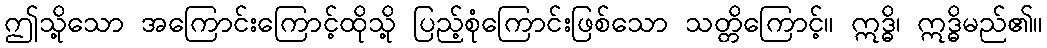
ဤသို့သော အကြောင်းကြောင့်ထိုသို့ ပြည့်စုံကြောင်းဖြစ်သော သတ္တိကြောင့်။ ဣဒ္ဓိ၊ ဣဒ္ဓိမည်၏။